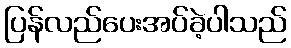
ပြန်လည်ပေးအပ်ခဲ့ပါသည်